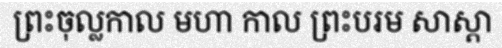
ព្រះចុល្លកាល មហា កាល ព្រះបរម សាស្តា